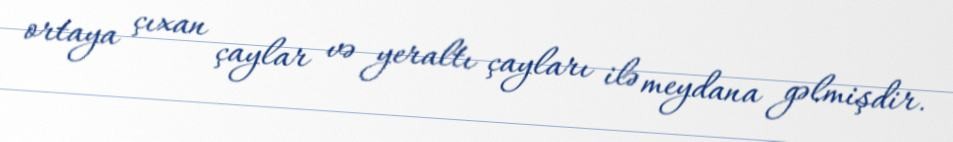
ortaya çıxan çaylar və yeraltı çayları ilə meydana gəlmişdir.